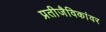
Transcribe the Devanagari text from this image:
प्रतीजैविकांवर